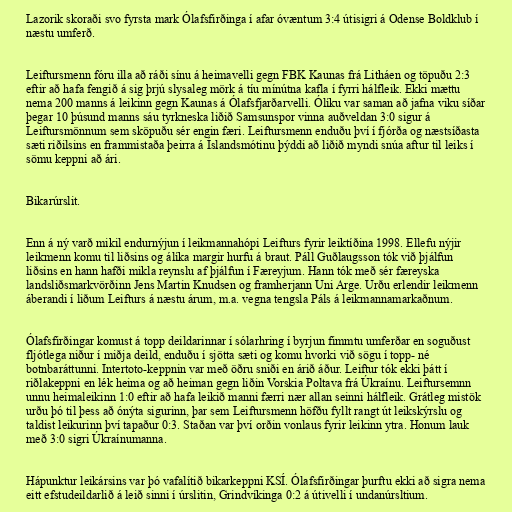
Lazorik skoraði svo fyrsta mark Ólafsfirðinga í afar óvæntum 3:4 útisigri á Odense Boldklub í
næstu umferð.

Leiftursmenn fóru illa að ráði sínu á heimavelli gegn FBK Kaunas frá Litháen og töpuðu 2:3
eftir að hafa fengið á sig þrjú slysaleg mörk á tíu mínútna kafla í fyrri hálfleik. Ekki mættu
nema 200 manns á leikinn gegn Kaunas á Ólafsfjarðarvelli. Ólíku var saman að jafna viku síðar
þegar 10 þúsund manns sáu tyrkneska liðið Samsunspor vinna auðveldan 3:0 sigur á
Leiftursmönnum sem sköpuðu sér engin færi. Leiftursmenn enduðu því í fjórða og næstsíðasta
sæti riðilsins en frammistaða þeirra á Íslandsmótinu þýddi að liðið myndi snúa aftur til leiks í
sömu keppni að ári.

Bikarúrslit.

Enn á ný varð mikil endurnýjun í leikmannahópi Leifturs fyrir leiktíðina 1998. Ellefu nýjir
leikmenn komu til liðsins og álíka margir hurfu á braut. Páll Guðlaugsson tók við þjálfun
liðsins en hann hafði mikla reynslu af þjálfun í Færeyjum. Hann tók með sér færeyska
landsliðsmarkvörðinn Jens Martin Knudsen og framherjann Uni Arge. Urðu erlendir leikmenn
áberandi í liðum Leifturs á næstu árum, m.a. vegna tengsla Páls á leikmannamarkaðnum.

Ólafsfirðingar komust á topp deildarinnar í sólarhring í byrjun fimmtu umferðar en soguðust
fljótlega niður í miðja deild, enduðu í sjötta sæti og komu hvorki við sögu í topp- né
botnbaráttunni. Intertoto-keppnin var með öðru sniði en árið áður. Leiftur tók ekki þátt í
riðlakeppni en lék heima og að heiman gegn liðin Vorskia Poltava frá Úkraínu. Leiftursemnn
unnu heimaleikinn 1:0 eftir að hafa leikið manni færri nær allan seinni hálfleik. Grátleg mistök
urðu þó til þess að ónýta sigurinn, þar sem Leiftursmenn höfðu fyllt rangt út leikskýrslu og
taldist leikurinn því tapaður 0:3. Staðan var því orðin vonlaus fyrir leikinn ytra. Honum lauk
með 3:0 sigri Úkraínumanna.

Hápunktur leikársins var þó vafalítið bikarkeppni KSÍ. Ólafsfirðingar þurftu ekki að sigra nema
eitt efstudeildarlið á leið sinni í úrslitin, Grindvíkinga 0:2 á útivelli í undanúrsltium.